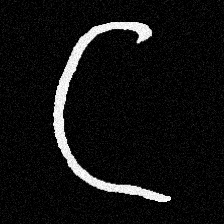
Pyu character \u2014 Myanmar letter: ဋ (romanized: tta)